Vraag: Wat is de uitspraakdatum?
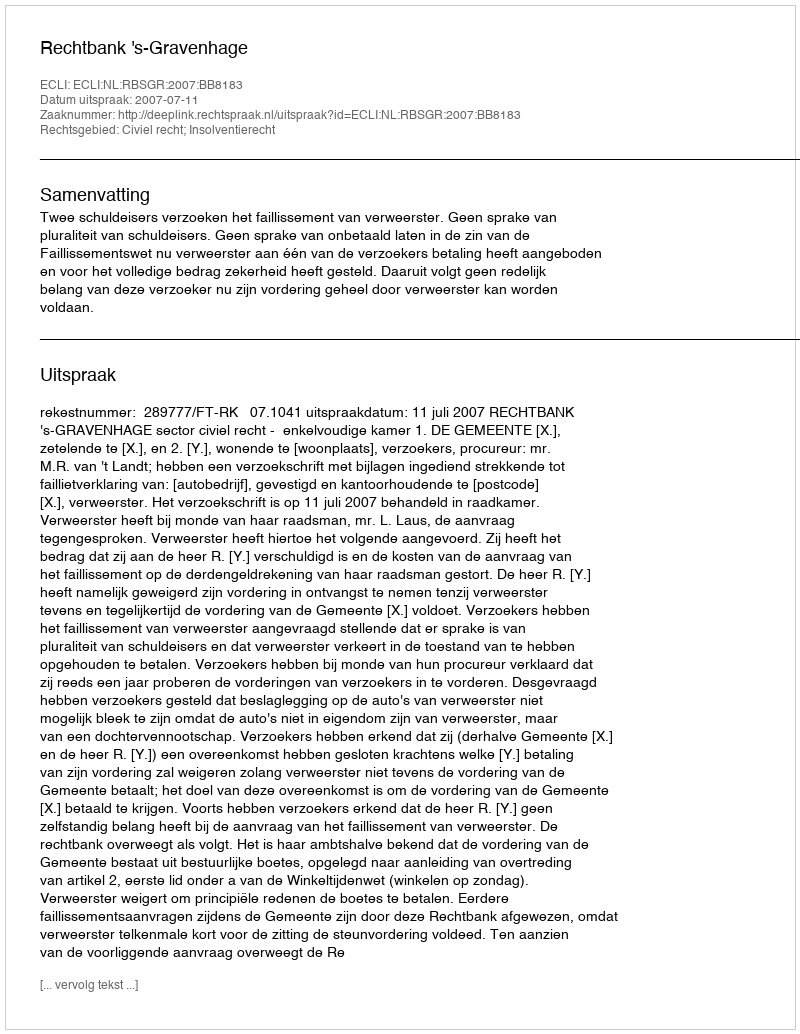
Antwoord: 2007-07-11